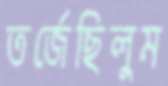
তর্জেছিলুম